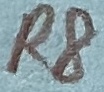
Text: R8